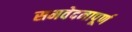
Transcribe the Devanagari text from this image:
समवेदनापूर्ण